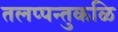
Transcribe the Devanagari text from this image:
तलप्पन्तुकळि